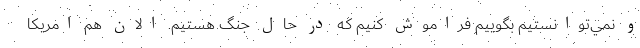
و نمي‌توانستيم بگوييم فراموش كنيم كه در حال جنگ هستيم. الان هم امريكا